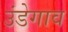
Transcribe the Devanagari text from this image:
उंडेगाव